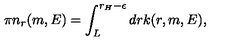
\pi n _ { r } ( m , E ) = \int _ { L } ^ { r _ { H } - \epsilon } d r k ( r , m , E ) ,